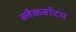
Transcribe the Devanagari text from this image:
ब्लैकबॉटम